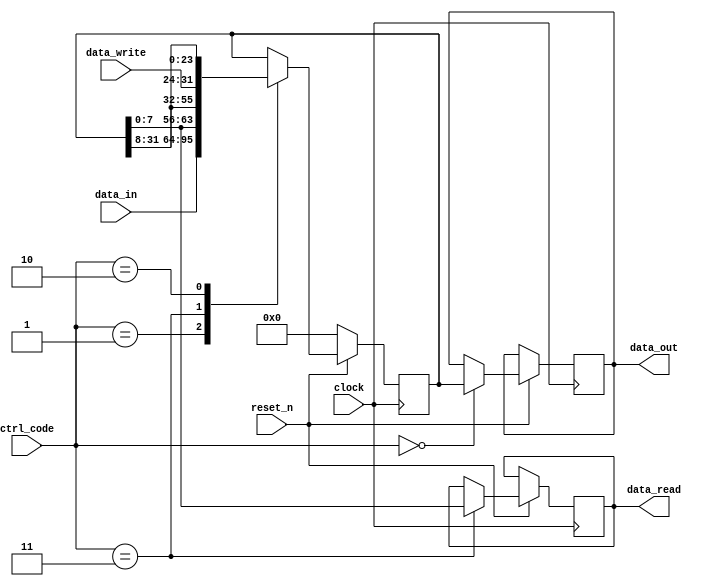
module shift_reg

#(parameter DATA_WIDTH=8,
parameter LENGTH=4)

(

input clock,
input reset_n,
input [1:0] ctrl_code,

input [DATA_WIDTH*LENGTH-1:0] data_in,
input [DATA_WIDTH-1:0] data_write,
output reg [DATA_WIDTH-1:0] data_read,
output reg [DATA_WIDTH*LENGTH-1:0] data_out

);

localparam REG_UPLOAD = 0,
                REG_LOAD = 1,
                REG_WRITE = 2,
                REG_READ = 3; //Gray coding of states

reg [DATA_WIDTH*LENGTH-1:0] contents;

always @(posedge clock)
begin
    if (~reset_n)
    begin
        contents <= {DATA_WIDTH*LENGTH{1'b0}};
    end
    else
    begin
    case (ctrl_code)
    REG_UPLOAD: data_out <= contents;
    REG_LOAD: contents <= data_in;
    REG_READ: begin contents <= {contents[DATA_WIDTH-1:0],contents[DATA_WIDTH*LENGTH-1:DATA_WIDTH]}; data_read <= contents[DATA_WIDTH-1:0]; end
    REG_WRITE: contents <= {data_write,contents[DATA_WIDTH*LENGTH-1:DATA_WIDTH]};
    endcase
    end

end

endmodule